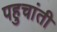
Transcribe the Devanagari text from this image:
पहुचांती